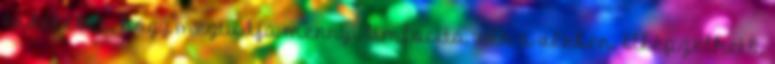
érdekében, hogy megtudja mennyi limfocita van a vérben. Elképzelhető,